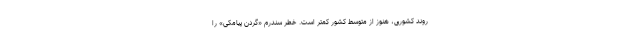
روند کشوری، هنوز از متوسط کشور کمتر است. خطر سندرم «گردن پیامکی» را